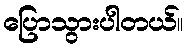
ပြောသွားပါတယ်။